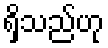
ရှိသည်ဟု